Report on vaccination in Madras 1904-1921 - 1904-1921
Year: 1904
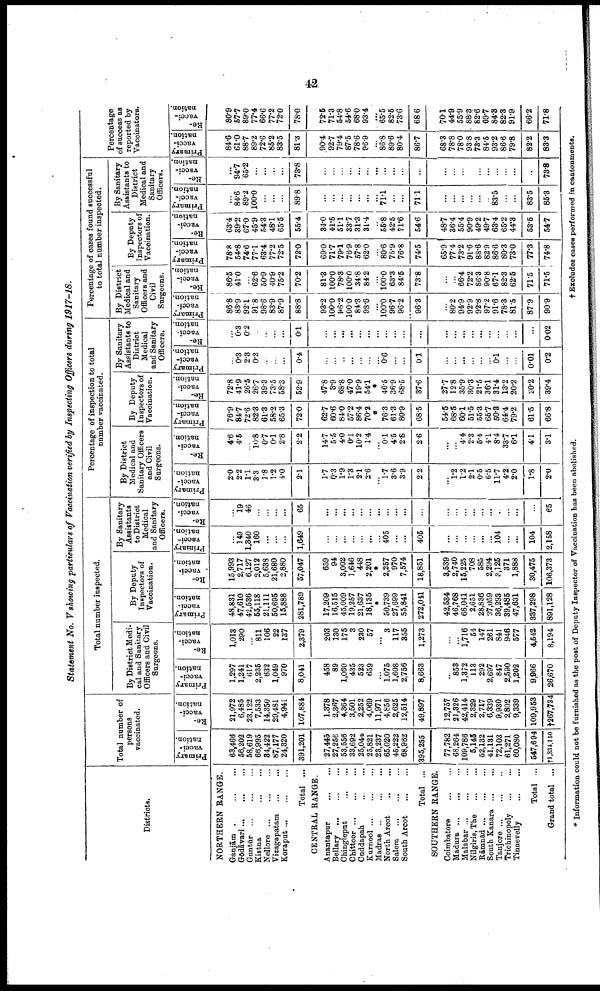
42
Statement No. V showing particulars of Vaccination verified by Inspecting Officers during 1917-18.
Districts.
NORTHERN RANGE.
Ganjām
...
...
...
Gōdāvari
...
...
...
Guntūr
...
...
...
Kistna ... ...
Nellore
...
...
...
Vizagapatam
...
...
Koraput
...
...
...
Total ...
CENTRAL RANGE.
Anantapur ... ...
Bellary
...
...
...
Chingleput ... ... ...
Chittoor ...
...
...
Cuddapah ... ...
Kurnool
...
...
...
Madras ...
...
...
North Arcot
...
...
Salem ... ... ...
South Arcot
...
...
Total ...
SOUTHERN RANGE.
Coimbatore
...
...
Madura
...
...
...
Malabar ... ... ...
Nilgiris, The
...
...
Rānmād
...
...
...
South Kanara
...
...
Tanjore
...
...
...
Trichinopoly ... ...
Tinnevelly ... ...
Total ...
Grand total ...
Total number of
persons
vaccinated.
Primary
vacci
nation.
63,466
56,202
58,619
66,995
84,422
87,177
24,320
391,201
27,445
27,256
53,556
33,692
25,044
25,821
23,237
65,020
45,222
68,962
395,255
77,782
68,264
109,786
5,145
52,132
41,131
72,103
61,271
60,080
547,694
†1,334,150
Re-
vacci
nation.
21,972
6,485
23,122
7,533
14,350
29,481
4,941
107,884
1,378
2,367
4,364
3,501
2,252
4,069
11,971
4,856
2,625
12,514
49,897
12,757
21,326
42,414
2,329
2,717
6,339
9,930
2,802
9,339
109,953
†267,734
Total number inspected.
By District Medi
cal and Sanitary
Officers and Civil
Surgeons.
Primary
vacci
nation.
1,297
1,241
617
2,235
632
1,049
970
8,041
458
89
1,060
435
523
659
...
1,075
1,608
2,756
8,663
...
853
1,372
113
292
2,697
847
2,590
1,202
9,966
26,670
Re-
vacci
nation.
1,013
290
...
811
106
22
137
2,379
203
130
175
3
230
57
...
3
117
355
1,273
...
...
1,716
54
147
261
841
946
577
4,542
8,194
By Deputy
Inspectors of
Vaccination.
Primary
vacci
nation.
48,831
47,610
42,536
55,118
21,111
50,695
15,888
281,789
17,209
16,515
45,009
19,257
21,637
18,135
*
50,739
27,699
55,841
272,041
42,534
46,768
66,041
2,651
28,836
27,059
36,293
39,485
47,631
337,298
891,128
Re-
vacci
nation.
15,993
2,717
6,127
2,012
5,638
21,680
2,880
57,047
659
94
3,002
1,646
448
2,201
*
2,257
970
7,574
18,851
3,539
2,740
15,225
708
585
2,294
3,125
371
1,888
30,475
106,373
By Sanitary
Assistants
to District
Medical
and Sanitary
Officers.
Primary
vacci
nation.
...
149
1,340
160
...
...
...
1,649
...
...
...
...
...
...
...
405
...
...
405
...
...
...
...
...
...
104
...
...
104
2,158
Re-
vacci
nation.
...
19
46
...
...
...
...
65
...
...
...
...
...
...
...
...
...
...
...
...
...
...
...
...
...
...
...
...
...
65
Percentage of inspection to total
number vaccinated.
By District
Medical and
Sanitary Officers
and Civil
Surgeons.
Primary
vacci
nation.
2.0
2.2
1.1
33
1.8
1.2
4.0
2.1
1.7
0.3
1.9
1.3
2.1
2.6
...
1.7
3.6
3.9
2.2
...
1.2
1.2
2.1
0.5
6.5
11.7
4.2
2.0
1.8
2.0
Re-
vacci¬
nation.
4.6
4.5
...
10.8
0.7
0.1
2.8
2.2
14.7
5.5
4.0
0.1
10.2
1.4
...
0.1
4.5
2.8
2.6
...
...
4.4
2.3
5.4
4.1
8.4
33.7
6.1
4.1
3.1
By Deputy
Inspectors of
Vaccination.
Primary
vacci
nation.
76.9
84.7
72.6
82.3
61.3
58.2
65.3
72.0
62.7
60.6
84.0
57.2
86.4
70.2
*
76.3
61.3
80.9
68.5
54.5
68.5
60.1
51.5
55.3
65.7
50.3
64.4
79.2
61.5
66.8
Re-
vacci
nation.
72.8
41.9
26.5
26.7
39.3
73.5
58.3
52.9
47.8
3.9
68.8
47.0
19.9
54.1
*
46.5
36.9
68.5
37.6
27.7
12.8
35.9
30.3
21.5
36.1
31.4
13.2
20.2
20.2
39.4
By Sanitary
Assistants to
District
Medical
and Sanitary
Officers.
Primary
vacci
nation.
...
0.3
2.3
0.2
...
...
...
0.4
...
...
...
...
...
...
...
0.6
...
...
0.1
...
...
...
...
...
...
0.1
...
...
0.01
0.2
Re-
vacci
nation.
...
0.3
0.2
...
...
...
...
0.1
...
...
...
...
...
...
...
...
...
...
...
...
...
...
...
...
...
...
...
...
...
0.02
Percentage of cases found successful
to total number inspected.
By District
Medical and
Sanitary
Officers and
Civil
Surgeons.
Primary
vacci¬
nation.
86.8
83.9
92.1
91.8
98.6
83.9
87.9
88.8
93.2
100.0
96.2
100.0
84.3
93.6
...
100.0
96.7
96.2
96.3
...
80.2
94.9
92.9
92.8
97.2
91.6
78.3
81.5
87.9
90.9
Re.
vacci
nation.
86.5
4.10
...
62.6
50.9
40.9
75.2
70.2
81.3
100.0
78.3
100.0
34.8
84.2
...
100.0
63.3
84.5
73.8
...
...
66.4
72.2
86.3
90.8
67.1
82.3
62.5
71.5
71.5
By Deputy
Inspectors of
Vaccination.
Primary
vacci
nation.
78.8
54.8
74.6
77.1
63.4
77.2
72.5
72.0
69.0
71.7
79.1
76.9
57.8
62.0
...
80.6
75.9
76.8
74.5
65.9
77.4
73.2
91.6
88.6
82.9
86.6
80.3
73.0
77.3
74.8
Re
vacci
ation.
63.4
39.2
67.0
45.9
54.3
48.1
65.5
55.4
34.0
41.5
51.1
33.7
31.3
31.4
...
55.8
42.5
71.6
54.6
48.7
36.4
55.4
90.9
49.2
49.7
63.4
65.2
44.3
53.5
54.7
By Sanitary
Assistants to
District
Medical and
Sanitary
Officers.
Primary
vacci
nation.
...
84.6
89.2
100.0
...
...
...
89.8
...
...
...
...
...
...
...
71.1
...
...
71.1
...
...
...
...
...
...
83.5
...
...
83.5
85.3
Re-
vacci¬
nation.
...
94.7
65.2
...
...
...
...
73.8
...
...
...
...
...
...
...
...
...
...
...
...
...
...
...
...
...
...
...
...
...
73.8
Percentage
of success as
reported by
Vaccinators.
Primary
vacci
nation.
84.6
61.0
88.7
89.2
72.6
85.2
83.5
81.3
90.4
92.7
79.4
87.5
78.6
96.9
...
86.8
89.6
80.4
86.7
68.3
78.8
78.0
93.8
73.3
84.5
93.2
86.6
79.8
82.2
83.8
Re-
vacci
nation.
80.9
57.7
89.0
77.4
66.6
77.2
72.0
78.0
72.5
71.3
54.8
54.6
68.0
93.4
...
65.5
82.5
73.6
68.6
70.1
44.9
55.9
88.3
82.6
69.7
84.8
82.8
91.9
66.2
71.8
* Information could not be furnished as the post of Deputy Inspector of Vaccination has been abolished.
†Excludes cases performed in cantonments.